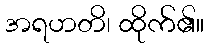
အရဟတိ၊ ထိုက်၏။